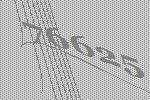
76625